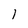
Character: I